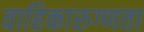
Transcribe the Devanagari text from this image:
वाहिकारुग्णता